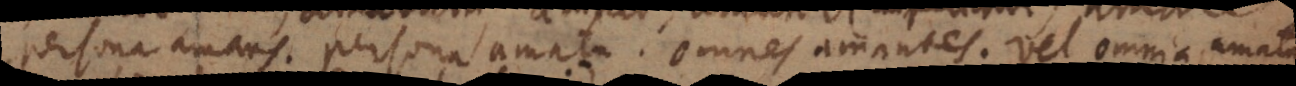
persona amans, persona amata. Omnes amantes. Vel Co